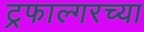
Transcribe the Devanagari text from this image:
ट्रफाल्गरच्या